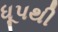
ધૂપથી